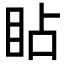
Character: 䀡